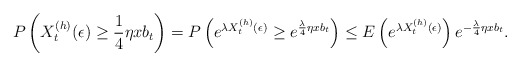
\begin{align*} P\left(X_t^{(h)}(\epsilon) \ge \frac 1 4 \eta x b_t\right)=P\left(e^{\lambda X_t^{(h)}(\epsilon)} \ge e^{\frac \lambda 4 \eta x b_t}\right) \le E\left(e^{\lambda X_t^{(h)}(\epsilon)}\right) e^{-\frac \lambda 4 \eta x b_t}.\end{align*}